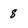
Character: 8